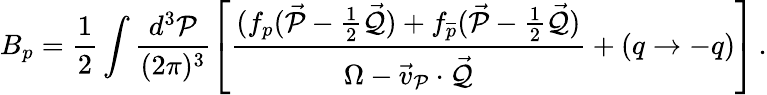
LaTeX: B_{p}=\frac{1}{2}\int\frac{d^{3}{\cal P}}{(2\pi)^{3}}\left[\frac{(f_{p}(\vec{\cal P}-\frac{1}{2}\vec{\cal Q})+f_{\overline{{p}}}(\vec{\cal P}-\frac{1}{2}\vec{\cal Q})}{\Omega-\vec{v}_{\cal P}\cdot\vec{\cal Q}}+(q\rightarrow-q)\right]\, .